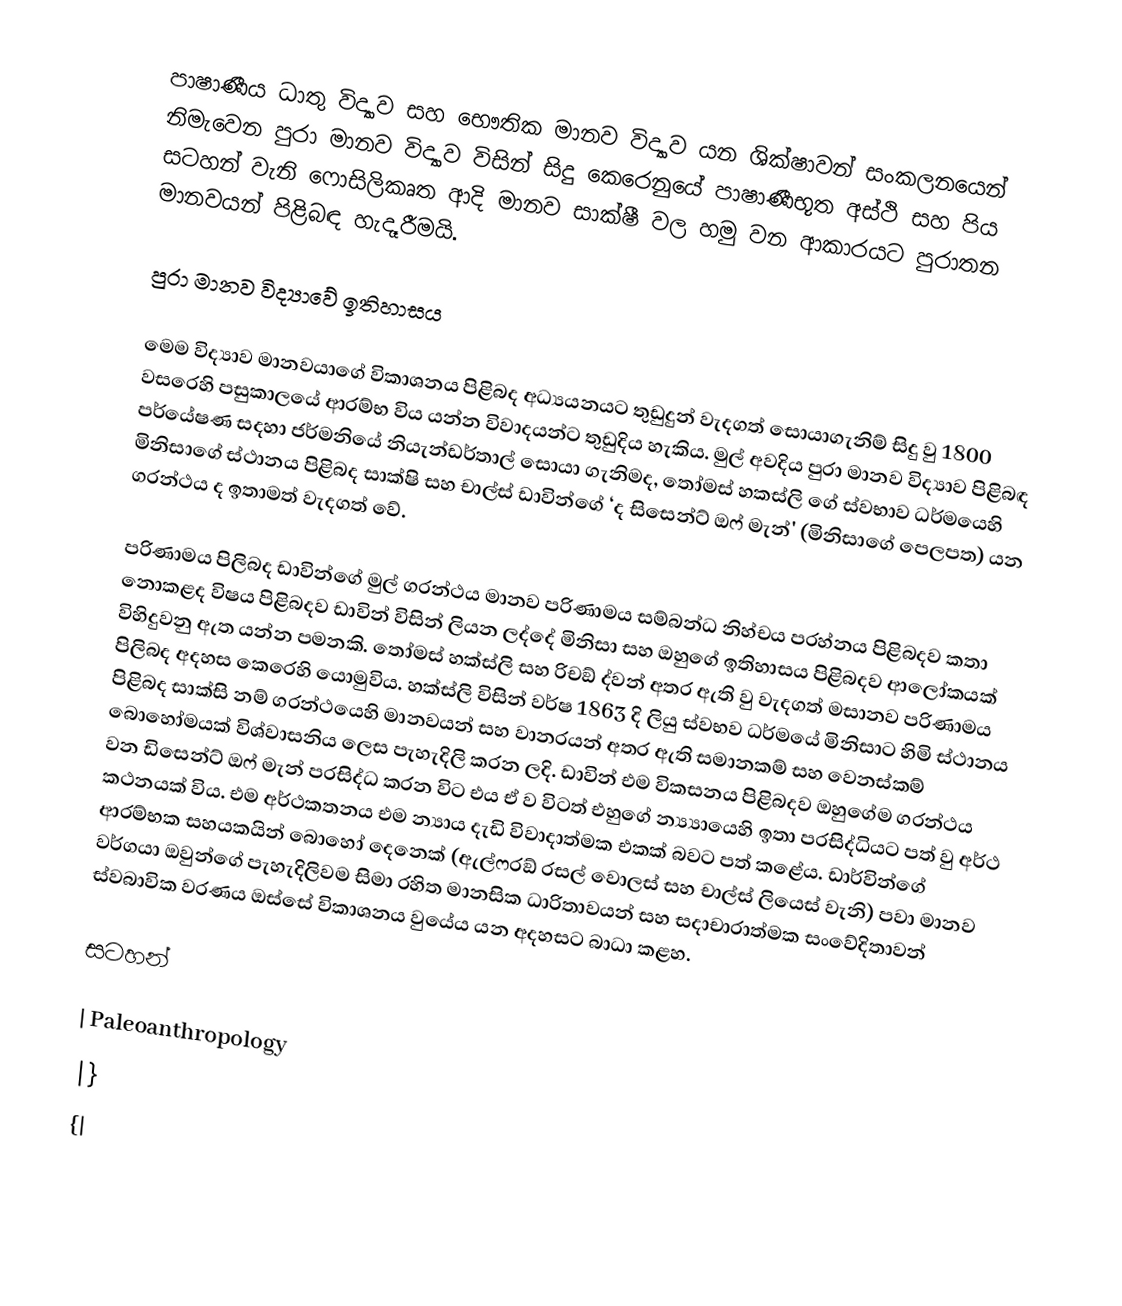
පාෂාණීය ධාතු විද්‍යාව සහ භෞතික මානව විද්‍යාව යන ශික්ෂාවන් සංකලනයෙන් නිමැවෙන පුරා මානව විද්‍යාව විසින් සිදු කෙරෙනුයේ පාෂාණීභූත අස්ථි සහ පිය සටහන් වැනි ෆොසිලිකෘත ආදි මානව සාක්ෂී වල හමු වන ආකාරයට පුරාතන මානවයන් පිළිබඳ හැදෑරීමයි.

පුරා මානව විද්‍යාවේ ඉතිහාසය

මෙම විද්‍යාව මානවයාගේ විකාශනය පිළිබද අධ්‍යයනයට තුඩුදුන් වැදගත් සොයාගැනිම් සිදු වු 1800 වසරෙහි පසුකාලයේ ආරම්භ විය යන්න විවාදයන්ට තුඩුදිය හැකිය. මුල් අවදිය පුරා මානව විද්‍යාව පිළිබඳ පර්යේෂණ සදහා ජර්මනියේ නියැන්ඩර්තාල් සොයා ගැනිමද, තෝමස් හකස්ලි ගේ ස්වභාව ධර්මයෙහි මිනිසාගේ ස්ථානය පිළිබද සාක්ෂි සහ චාල්ස් ඩාවින්ගේ ‘ද සිසෙන්ට් ඔෆ් මැන්' (මිනිසාගේ පෙලපත) යන ග‍්‍රන්ථය ද ඉතාමත් වැදගත් වේ.

	පරිණාමය පිලිබද ඩාවින්ගේ මුල් ග‍්‍රන්ථය මානව පරිණාමය සම්බන්ධ නිහ්චය ප‍්‍රහ්නය පිළිබදව කතා නොකළද විෂය පිළිබදව ඩාවින් විසින් ලියන ලද්දේ මිනිසා සහ ඔහුගේ ඉතිහාසය පිළිබදව ආලෝකයක් විහිදුවනු ඇත යන්න පමනකි. තෝමස් හක්ස්ලි සහ රිචඞ් ද්වන් අතර ඇති වු වැදගත් මසානව පරිණාමය පිලිබද අදහස කෙරෙහි යොමුවිය. හක්ස්ලි විසින් වර්ෂ 1863 දි ලියු ස්වභව ධර්මයේ මිනිසාට හිමි ස්ථානය පිළිබද සාක්සි නම් ග‍්‍රන්ථයෙහි මානවයන් සහ වානරයන් අතර ඇති සමානකම් සහ වෙනස්කම් බොහෝමයක් විශ්වාසනිය ලෙස පැහැදිලි කරන ලදි. ඩාවින් එම විකසනය පිළිබදව ඔහුගේම ග‍්‍රන්ථය වන ඩිසෙන්ට් ඔෆ් මැන් ප‍්‍රසිද්ධ කරන විට එය ඒ ව විටත් එහුගේ න්‍ය්‍යායෙහි ඉතා ප‍්‍රසිද්ධියට පත් වු අර්ථ කථනයක් විය. එම අර්ථකතනය එම න්‍යාය දැඩි විවාදාත්මක එකක් බවට පත් කළේය. ඩාර්වින්ගේ ආරම්භක සහයකයින් බොහෝ දෙනෙක් (ඇල්ෆ‍්‍රඞ් රසල් වොලස් සහ චාල්ස් ලියෙස් වැනි) පවා මානව වර්ගයා ඔවුන්ගේ පැහැදිලිවම සිමා රහිත මානසික ධාරිතාවයන් සහ සදාචාරාත්මක සංවේදිතාවන් ස්වබාවික වරණය ඔස්සේ විකාශනය වුයේය යන අදහසට බාධා කළහ.

සටහන්

| Paleoanthropology
|}
{|